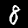
Label: 8